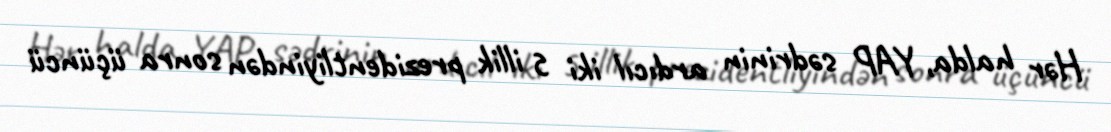
Hər halda, YAP sədrinin ardıcıl iki 5 illik prezidentliyindən sonra üçüncü